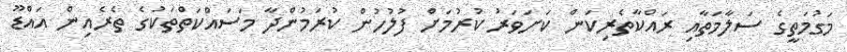
މަގުމަތީގެ ސަލާމަތާއި ރައްކާތެރިކަން ކަށަވަރު ކުރުމަށް ފުލުހުން ކުރަމުންދާ މަސައްކަތްތަކުގެ ތެރެއިން އައްޑޫ